Indian journal of veterinary science and animal husbandry - Volume 12,
Year: 1942
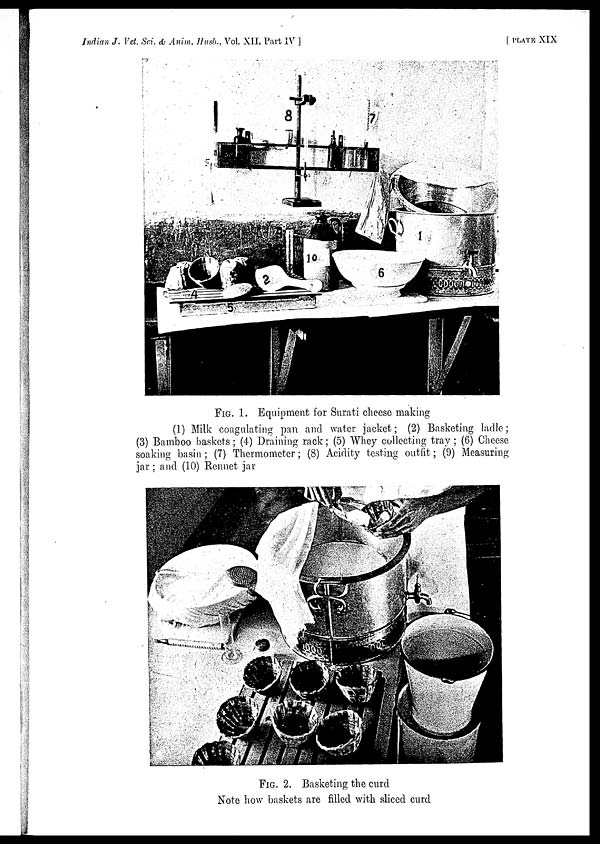
Indian J. Vet. Sci. & Anim. Husb., Vol. XII, Part IV ]
[ PLATE XIX
FIG. 1. Equipment for Surati cheese making
(1) Milk coagulating pan and water jacket; (2) Basketing ladle;
(3) Bamboo baskets; (4) Draining rack; (5) Whey collecting tray; (6) Cheese
soaking basin; (7) Thermometer; (8) Acidity testing outfit; (9) Measuring
jar; and (10) Rennet jar
FIG. 2. Basketing the curd
Note how baskets are filled with sliced curd